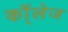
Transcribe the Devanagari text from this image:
कॉ्लेज